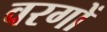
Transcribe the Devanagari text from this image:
वरगों